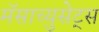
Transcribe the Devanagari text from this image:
मॅसाच्युसेट्स